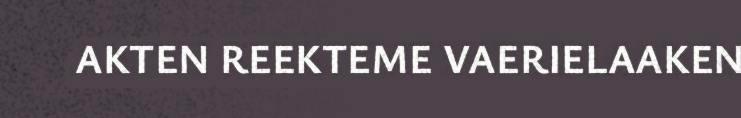
AKTEN REEKTEME VAERIELAAKEN